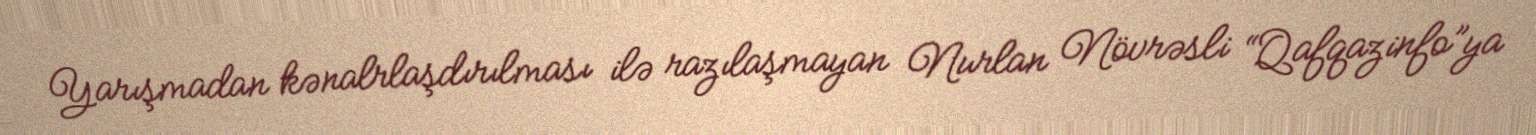
Yarışmadan kənalrlaşdırılması ilə razılaşmayan Nurlan Növrəsli “Qafqazinfo”ya